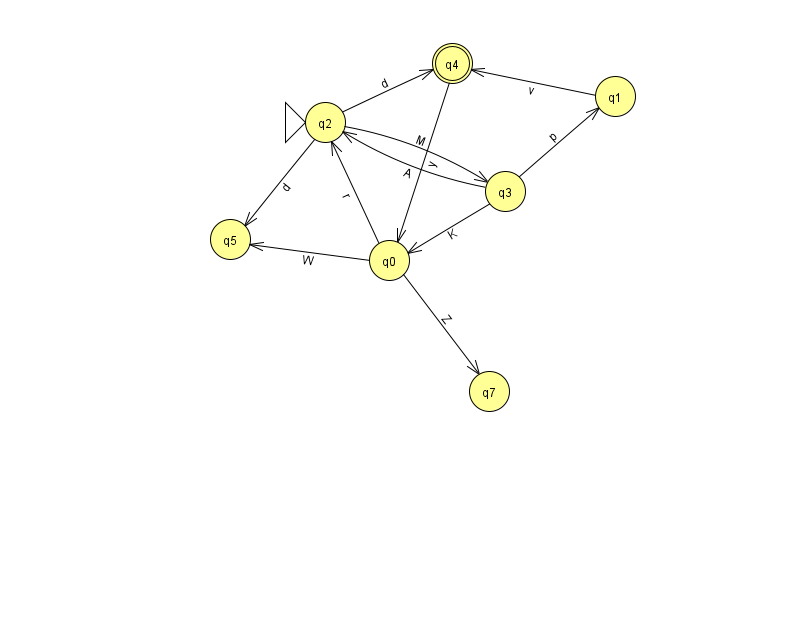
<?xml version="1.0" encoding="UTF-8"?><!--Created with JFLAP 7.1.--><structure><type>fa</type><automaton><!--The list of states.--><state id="0" name="q0"><x>389.0</x><y>247.0</y></state><state id="1" name="q1"><x>615.0</x><y>83.0</y></state><state id="2" name="q2"><x>325.0</x><y>109.0</y><initial/></state><state id="3" name="q3"><x>505.0</x><y>178.0</y></state><state id="4" name="q4"><x>452.0</x><y>50.0</y><final/></state><state id="5" name="q5"><x>230.0</x><y>226.0</y></state><state id="7" name="q7"><x>489.0</x><y>378.0</y></state><!--The list of transitions.--><transition><from>2</from><to>4</to><read>d</read></transition><transition><from>0</from><to>5</to><read>W</read></transition><transition><from>1</from><to>4</to><read>v</read></transition><transition><from>3</from><to>1</to><read>p</read></transition><transition><from>4</from><to>0</to><read>y</read></transition><transition><from>3</from><to>2</to><read>A</read></transition><transition><from>3</from><to>0</to><read>K</read></transition><transition><from>0</from><to>7</to><read>Z</read></transition><transition><from>0</from><to>2</to><read>r</read></transition><transition><from>2</from><to>3</to><read>M</read></transition><transition><from>2</from><to>5</to><read>d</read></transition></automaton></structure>